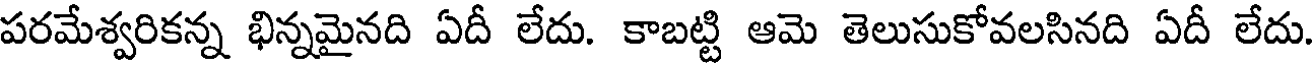
పరమేశ్వరికన్న భిన్నమైనది ఏదీ లేదు. కాబట్టి ఆమె తెలుసుకోవలసినది ఏదీ లేదు.